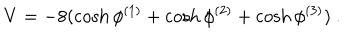
V = - 8 ( \cosh \phi ^ { ( 1 ) } + \cosh \phi ^ { ( 2 ) } + \cosh \phi ^ { ( 3 ) } ) \ .